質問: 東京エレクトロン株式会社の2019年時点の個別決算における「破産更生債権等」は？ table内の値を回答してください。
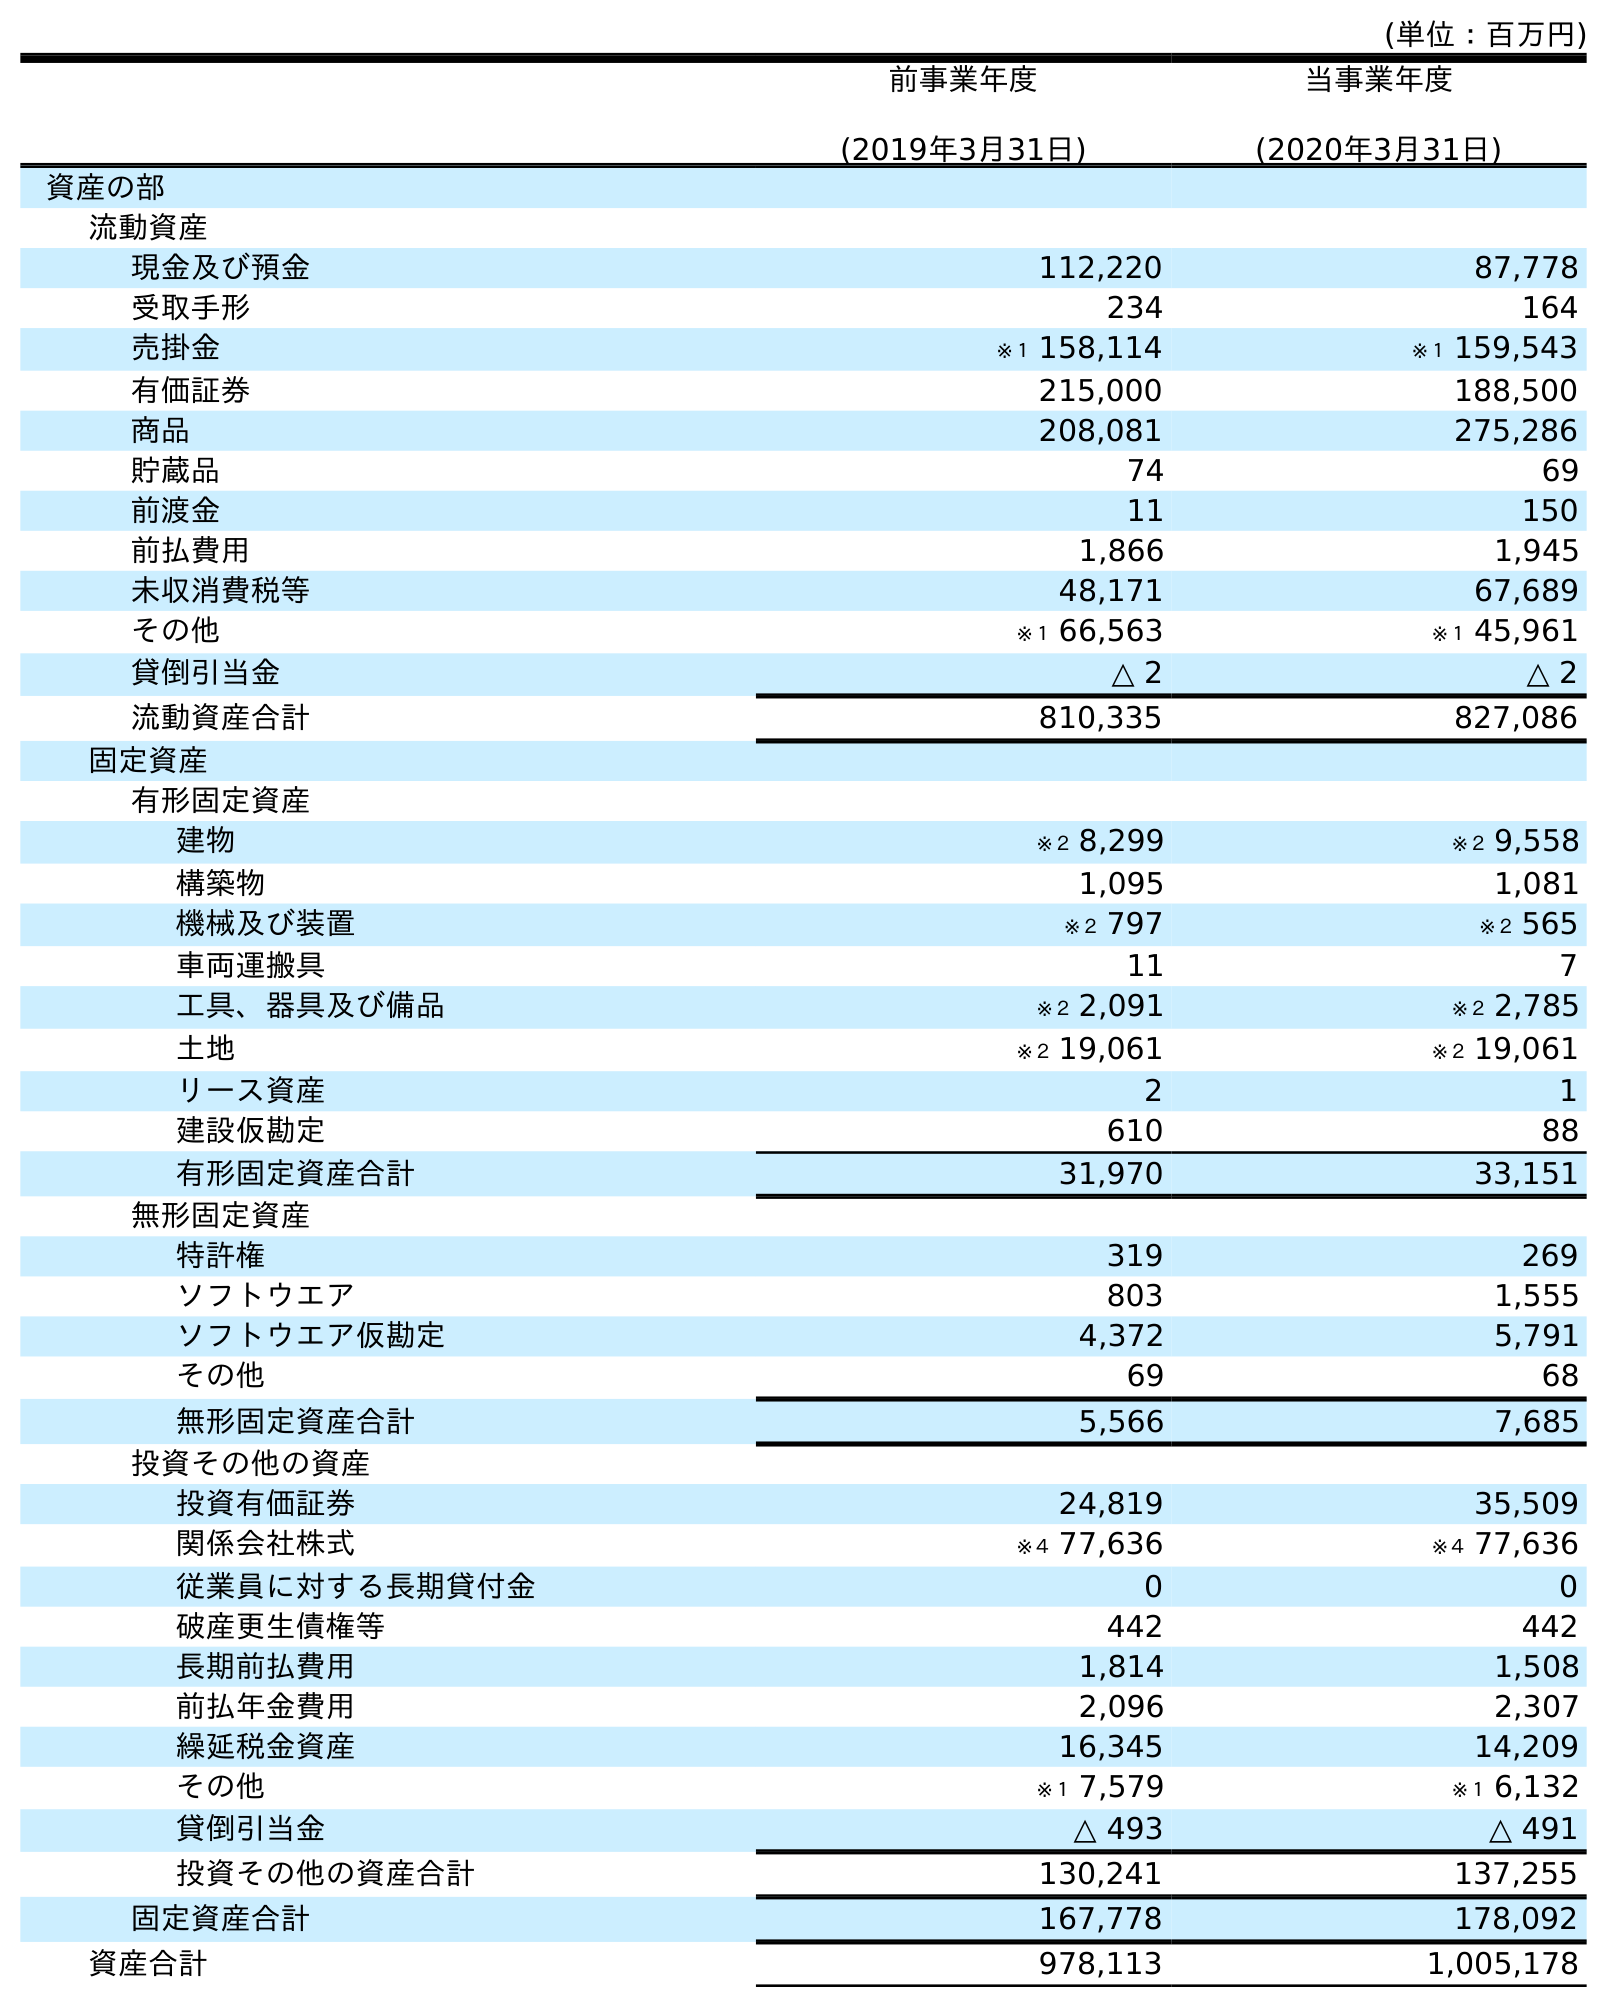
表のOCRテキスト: (単位：百万円) 前事業年度 (2019年3月31日) 当事業年度 (2020年3月31日) 資産の部 流動資産 現金及び預金 112,220 87,778 受取手形 234 164 売掛金 ※１ 158,114 ※１ 159,543 有価証券 215,000 188,500 商品 208,081 275,286 貯蔵品 74 69 前渡金 11 150 前払費用 1,866 1,945 未収消費税等 48,171 67,689 その他 ※１ 66,563 ※１ 45,961 貸倒引当金 △ 2 △ 2 流動資産合計 810,335 827,086 固定資産 有形固定資産 建物 ※２ 8,299 ※２ 9,558 構築物 1,095 1,081 機械及び装置 ※２ 797 ※２ 565 車両運搬具 11 7 工具、器具及び備品 ※２ 2,091 ※２ 2,785 土地 ※２ 19,061 ※２ 19,061 リース資産 2 1 建設仮勘定 610 88 有形固定資産合計 31,970 33,151 無形固定資産 特許権 319 269 ソフトウエア 803 1,555 ソフトウエア仮勘定 4,372 5,791 その他 69 68 無形固定資産合計 5,566 7,685 投資その他の資産 投資有価証券 24,819 35,509 関係会社株式 ※４ 77,636 ※４ 77,636 従業員に対する長期貸付金 0 0 破産更生債権等 442 442 長期前払費用 1,814 1,508 前払年金費用 2,096 2,307 繰延税金資産 16,345 14,209 その他 ※１ 7,579 ※１ 6,132 貸倒引当金 △ 493 △ 491 投資その他の資産合計 130,241 137,255 固定資産合計 167,778 178,092 資産合計 978,113 1,005,178
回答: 442